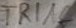
Text: TRIAC